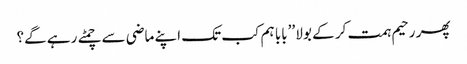
پھر رحیم ہمت کر کے بولا ’’بابا ہم کب تک اپنے ماضی سے چمٹے رہے گے؟